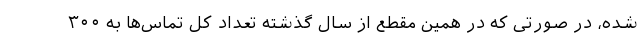
شده، در صورتی که در همین مقطع از سال گذشته تعداد کل تماس‌ها به ۳۰۰